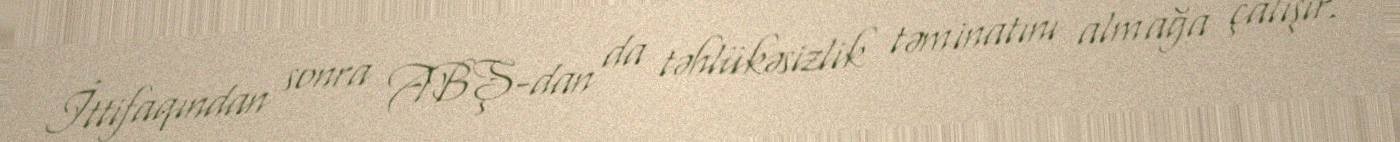
İttifaqından sonra ABŞ-dan da təhlükəsizlik təminatını almağa çalışır.